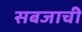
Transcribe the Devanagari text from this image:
सबजाची